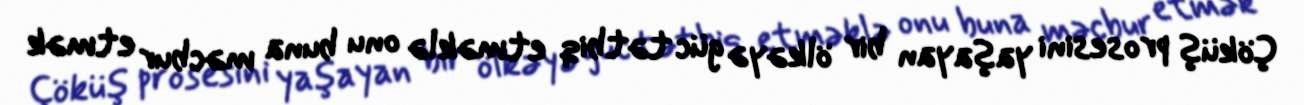
Çöküş prosesini yaşayan bir ölkəyə güc tətbiq etməklə onu buna məcbur etmək